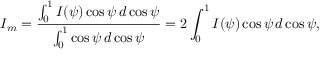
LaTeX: I _ { m } = { \frac { \int _ { 0 } ^ { 1 } I ( \psi ) \cos \psi \, d \cos \psi } { \int _ { 0 } ^ { 1 } \cos \psi \, d \cos \psi } } = 2 \int _ { 0 } ^ { 1 } I ( \psi ) \cos \psi \, d \cos \psi ,